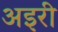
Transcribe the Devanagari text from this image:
अइरी